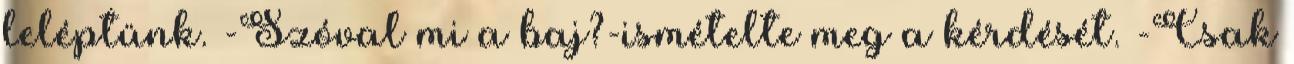
leléptünk. -Szóval mi a baj?-ismételte meg a kérdését. -Csak